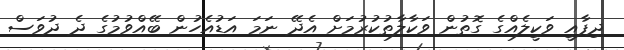
ދިފާއީ ވަކީލެއްގެ ގޮތުން ވަކާލާތުކުރުމަށް އެދޭ ނަމަ އަޑުއެހުން ބޭއްވުމުގެ ދެ ދުވަަސް